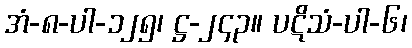
အံ-၈-ပါ-၁၂၅၊ ဋ္ဌ-၂၄၃။ ပဋိသံ-ပါ-၆၊